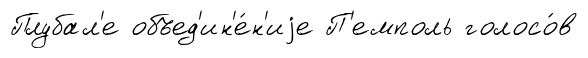
Плубал'е объед'ин'е́н'иjе П'емполь голосо́в